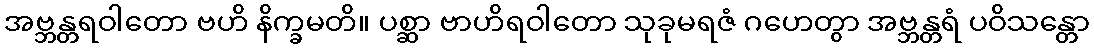
အဗ္ဘန္တရဝါတော ဗဟိ နိက္ခမတိ။ ပစ္ဆာ ဗာဟိရဝါတော သုခုမရဇံ ဂဟေတွာ အဗ္ဘန္တရံ ပဝိသန္တော